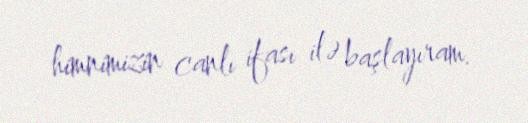
himnimizin canlı ifası ilə başlayıram.